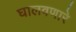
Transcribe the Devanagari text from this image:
घालवणारे